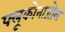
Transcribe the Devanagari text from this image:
फ्लूकोनाजोल